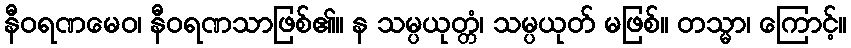
နီဝရဏမေဝ၊ နီဝရဏသာဖြစ်၏။ န သမ္ပယုတ္တံ၊ သမ္ပယုတ် မဖြစ်။ တသ္မာ၊ ကြောင့်။